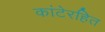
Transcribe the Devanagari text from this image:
कांटेरहित